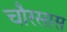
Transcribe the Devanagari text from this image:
चौरसास